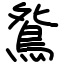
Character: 𫠔